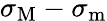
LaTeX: \sigma_{\mathrm{M}}-\sigma_{\mathrm{m}}